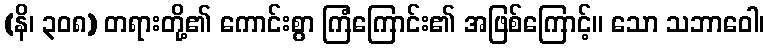
(နိ၊ ၃၀၈) တရားတို့၏ ကောင်းစွာ ကြံကြောင်း၏ အဖြစ်ကြောင့်။ သော သဘာဝေါ၊